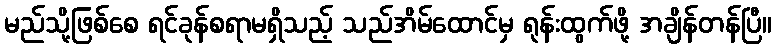
မည်သို့ဖြစ်စေ ရင်ခုန်စရာမရှိသည့် သည်အိမ်ထောင်မှ ရုန်းထွက်ဖို့ အချိန်တန်ပြီ။